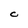
Character: C